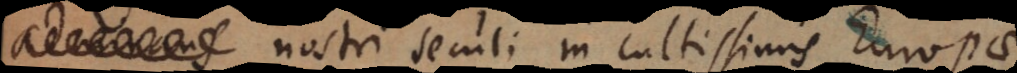
nostri seculi in cultissimis Europae